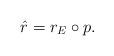
LaTeX: \begin{align*}\hat r=r_E\circ p.\end{align*}